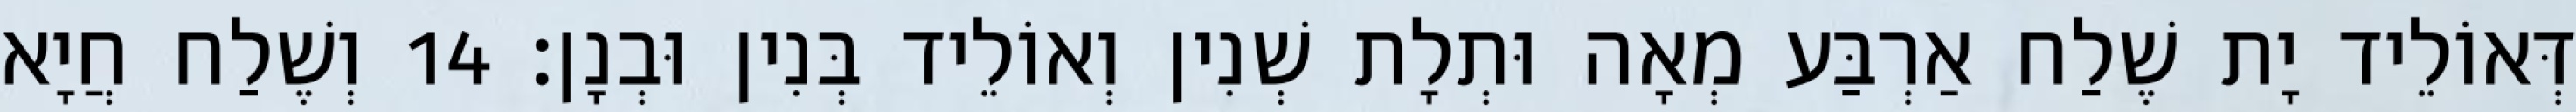
דְּאוֹלֵיד יָת שֶׁלַח אַרְבַּע מְאָה וּתְלָת שְׁנִין וְאוֹלֵיד בְּנִין וּבְנָן׃ 14 וְשֶׁלַח חֲיָא